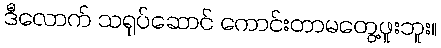
ဒီလောက် သရုပ်ဆောင် ကောင်းတာမတွေ့ဖူးဘူး။